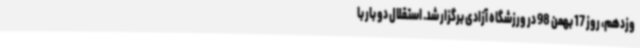
وزدهم، روز 17 بهمن 98 در ورزشگاه آزادی برگزار شد. استقلال دو بار با